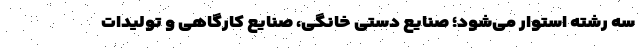
سه رشته استوار می‌شود؛ صنایع دستی خانگی، صنایع کارگاهی و تولیدات